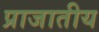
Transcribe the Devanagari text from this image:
प्राजातीय